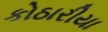
કોઠારીયા